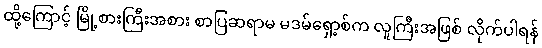
ထို့ကြောင့် မြို့စားကြီးအစား စာပြဆရာမ မဒမ်ရှော့စ်က လူကြီးအဖြစ် လိုက်ပါရန်